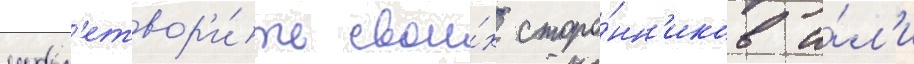
удовл'етвор'и́ть свои́х сторо́нн'иков и́л'и